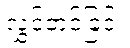
လွှင့်တင်ခြင်း